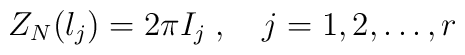
Z_N(\l_j) = 2\pi I_j \;,\quad j=1,2,\ldots,r